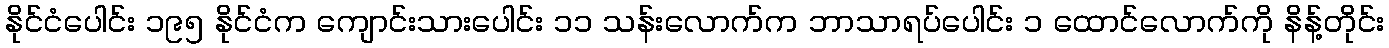
နိုင်ငံပေါင်း ၁၉၅ နိုင်ငံက ကျောင်းသားပေါင်း ၁၁ သန်းလောက်က ဘာသာရပ်ပေါင်း ၁ ထောင်လောက်ကို နိန့်တိုင်း